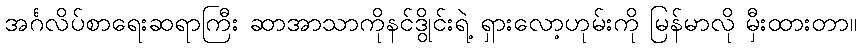
အင်္ဂလိပ်စာရေးဆရာကြီး ဆာအာသာကိုနင်ဒွိုင်းရဲ့ ရှားလော့ဟုမ်းကို မြန်မာလို မှီးထားတာ။